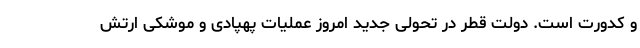
و کدورت است. دولت قطر در تحولی جدید امروز عملیات پهپادی و موشکی ارتش